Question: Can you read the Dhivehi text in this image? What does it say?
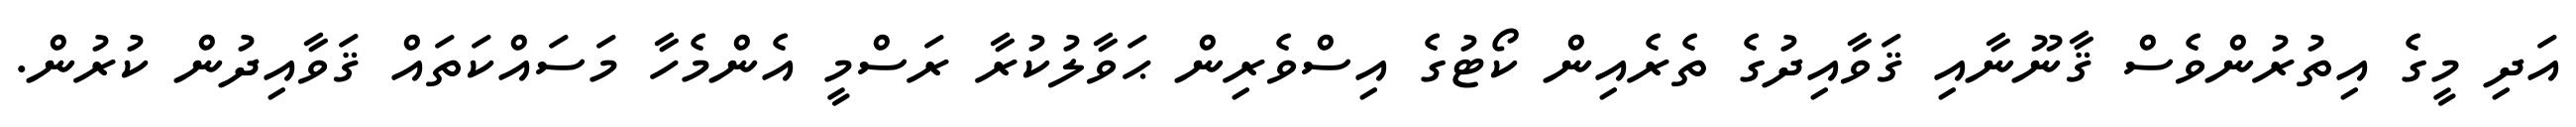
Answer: އަދި މީގެ އިތުރުންވެސް ޤާނޫނާއި ޤަވާއިދުގެ ތެރެއިން ކޯޓުގެ އިސްވެރިން ޙަވާލުކުރާ ރަސްމީ އެންމެހާ މަސައްކަތައް ޤަވާއިދުން ކުރުން.